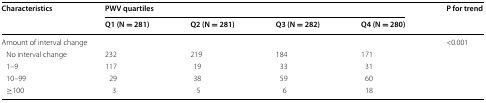
<table><thead><tr><td rowspan="2"><b>Characteristics</b></td><td colspan="4"><b>PWV quartiles</b></td><td rowspan="2"><b>P for trend</b></td></tr><tr><td><b>Q1 (N = 281)</b></td><td><b>Q2 (N = 281)</b></td><td><b>Q3 (N = 282)</b></td><td><b>Q4 (N = 280)</b></td></tr></thead><tbody><tr><td colspan="5">Amount of interval change</td><td>&lt;0.001</td></tr><tr><td> No interval change</td><td>232</td><td>219</td><td>184</td><td>171</td><td></td></tr><tr><td> 1–9</td><td>117</td><td>19</td><td>33</td><td>31</td><td></td></tr><tr><td> 10–99</td><td>29</td><td>38</td><td>59</td><td>60</td><td></td></tr><tr><td> ≥100</td><td>3</td><td>5</td><td>6</td><td>18</td><td></td></tr></tbody></table>